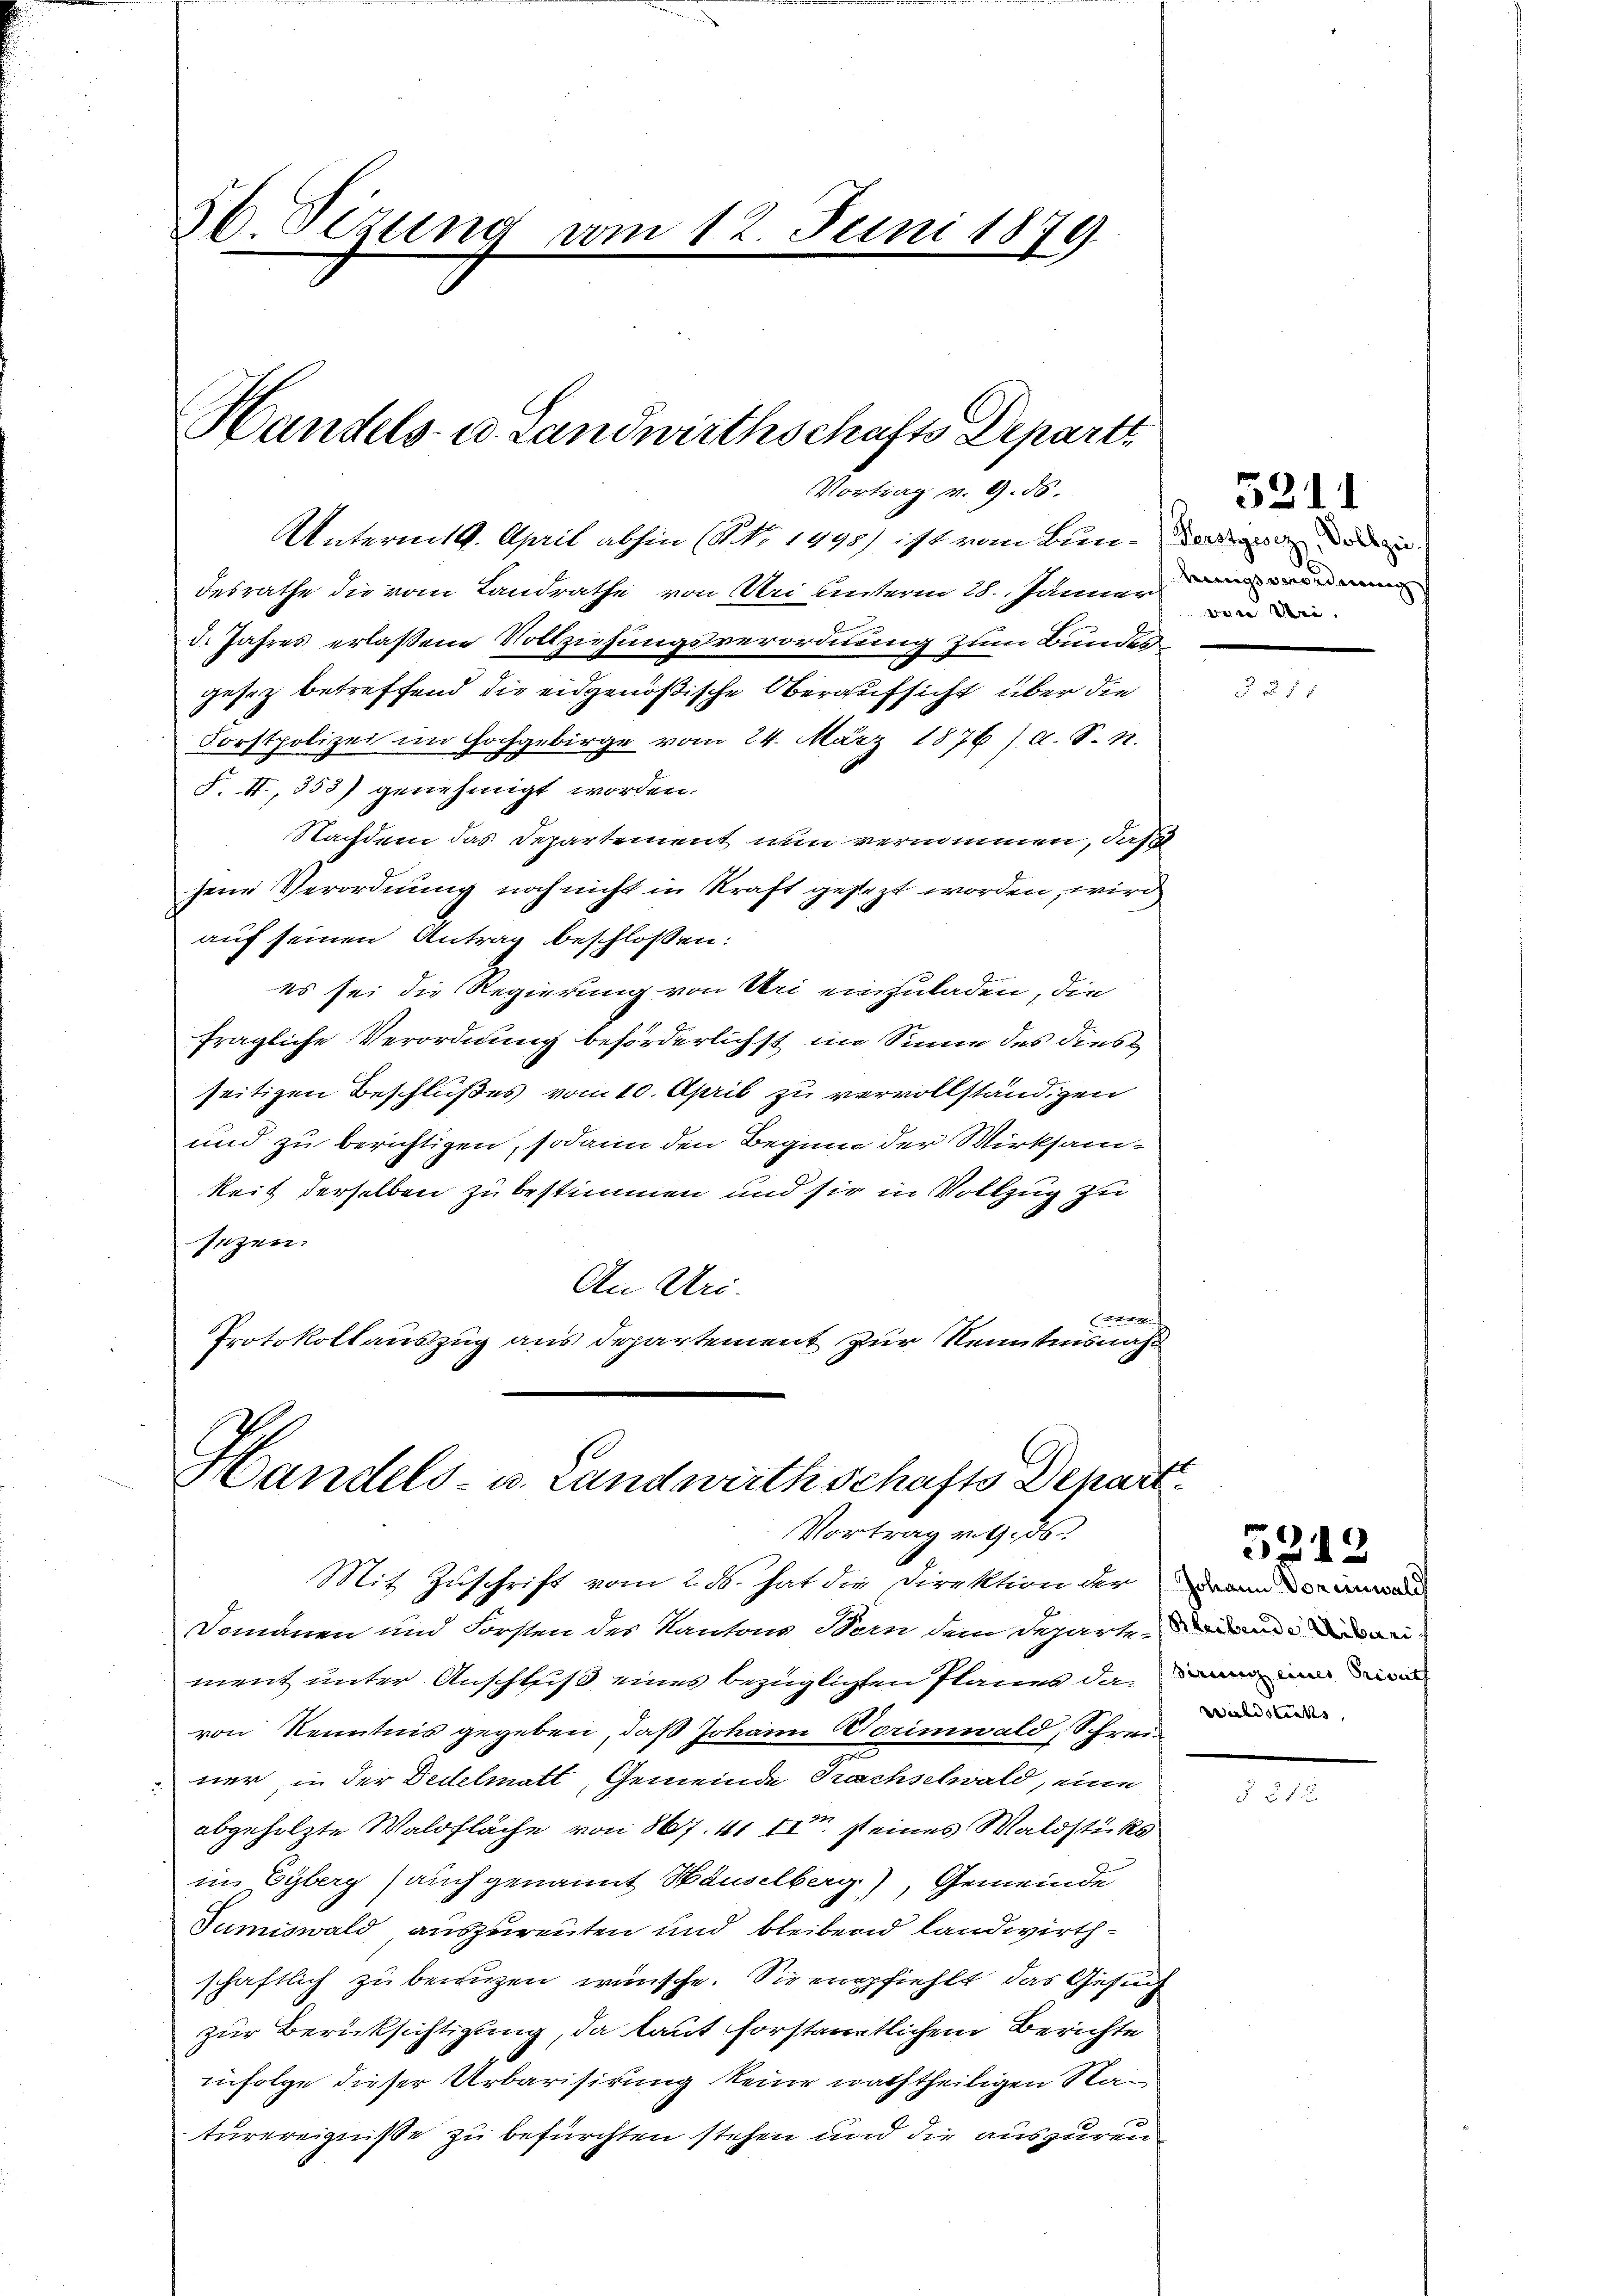
56. Sizung vom 12. Juni 1879

Handels- u. Landwirthschafts Depart
Vortrag v. 9. 56.

Mit Zuschrift vom 2. ds. hat die Direktion der an
Domänen und Forsten des Kantons Stern dem Departen den
ment unter Anschluß eines bezüglichen Planes da
von Kenntnis gegeben, daß Johann Korinwald, Schreiner in der Dedelmatt, Gemeinde Prachselwald, eine
abgeholzte Waldfläche von 867. 41 II ist eines Waldstücks
in Eyberg (auch genannt Häuselberg), Gemeinde
Tumiswald auszureuten und bleibend landwirthschaftlich zu benuzen wünsche. Sie empfiehlt, das Gesuch
zur Berücksichtigung, da laut forstamtlichem Berichte
infolge dieser Urbarisirung keine nachtheiligen Naturereignisse zu befürchten stehen und die auszurei¬

Untermitt. April abhin (NNo. 1498) ist vom Bun¬ worden die
desrathe die vom Landrathe von Uri unterm 28. Jännern
d. Jahres erlaßene Vollziehungsverordnung zum Bundes
gesez betreffend die eidgenößische Oberaufsicht über die
Forstpolizei im Hochgebirge vom 24. März 1876/ A. S. N.
S. II, 353) genehmigt worden.
Nachdem das Departement nun vernommen, daß
jene Verordnung noch nicht in Kraft gesezt worden, wird
auf seinen Antrag beschloßen:
es sei die Regierung von Uri einzuladen, die
fragliche Verordnung beförderlichst in Sinne des dies
seitigen Beschlußes vom 10. April zu vervollständigen
und zu berichtigen, sodann den Beginn der Wirksam-
keit derselben zu bestimmen und sie in Vollzug zu
sezen.
An Uri.
(2114
Protokollauszug aus Departement zur Kenntnisnahm

Handels- u. Landwirthschafts Depart.
Vortrag v. G. 36.

von Dri.

5211

u 1 1

Waldstalls,

5212

.